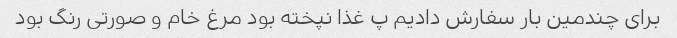
برای چندمین بار سفارش دادیم پ غذا نپخته بود مرغ خام و صورتی رنگ بود